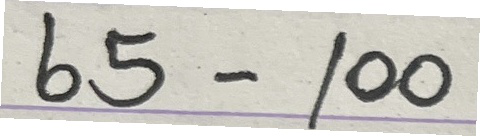
65 - 100